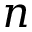
\boldsymbol { n }